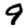
Digit: 9